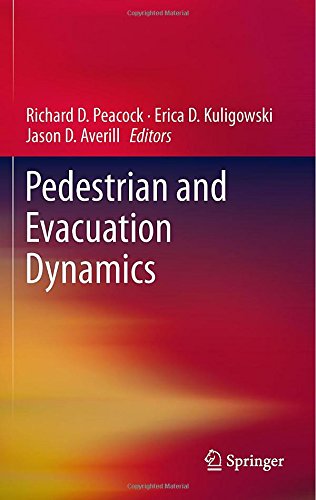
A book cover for Pedestrian and Evacuation Dynamics; Medical Books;